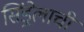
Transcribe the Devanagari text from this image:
सिंड्रेलाची